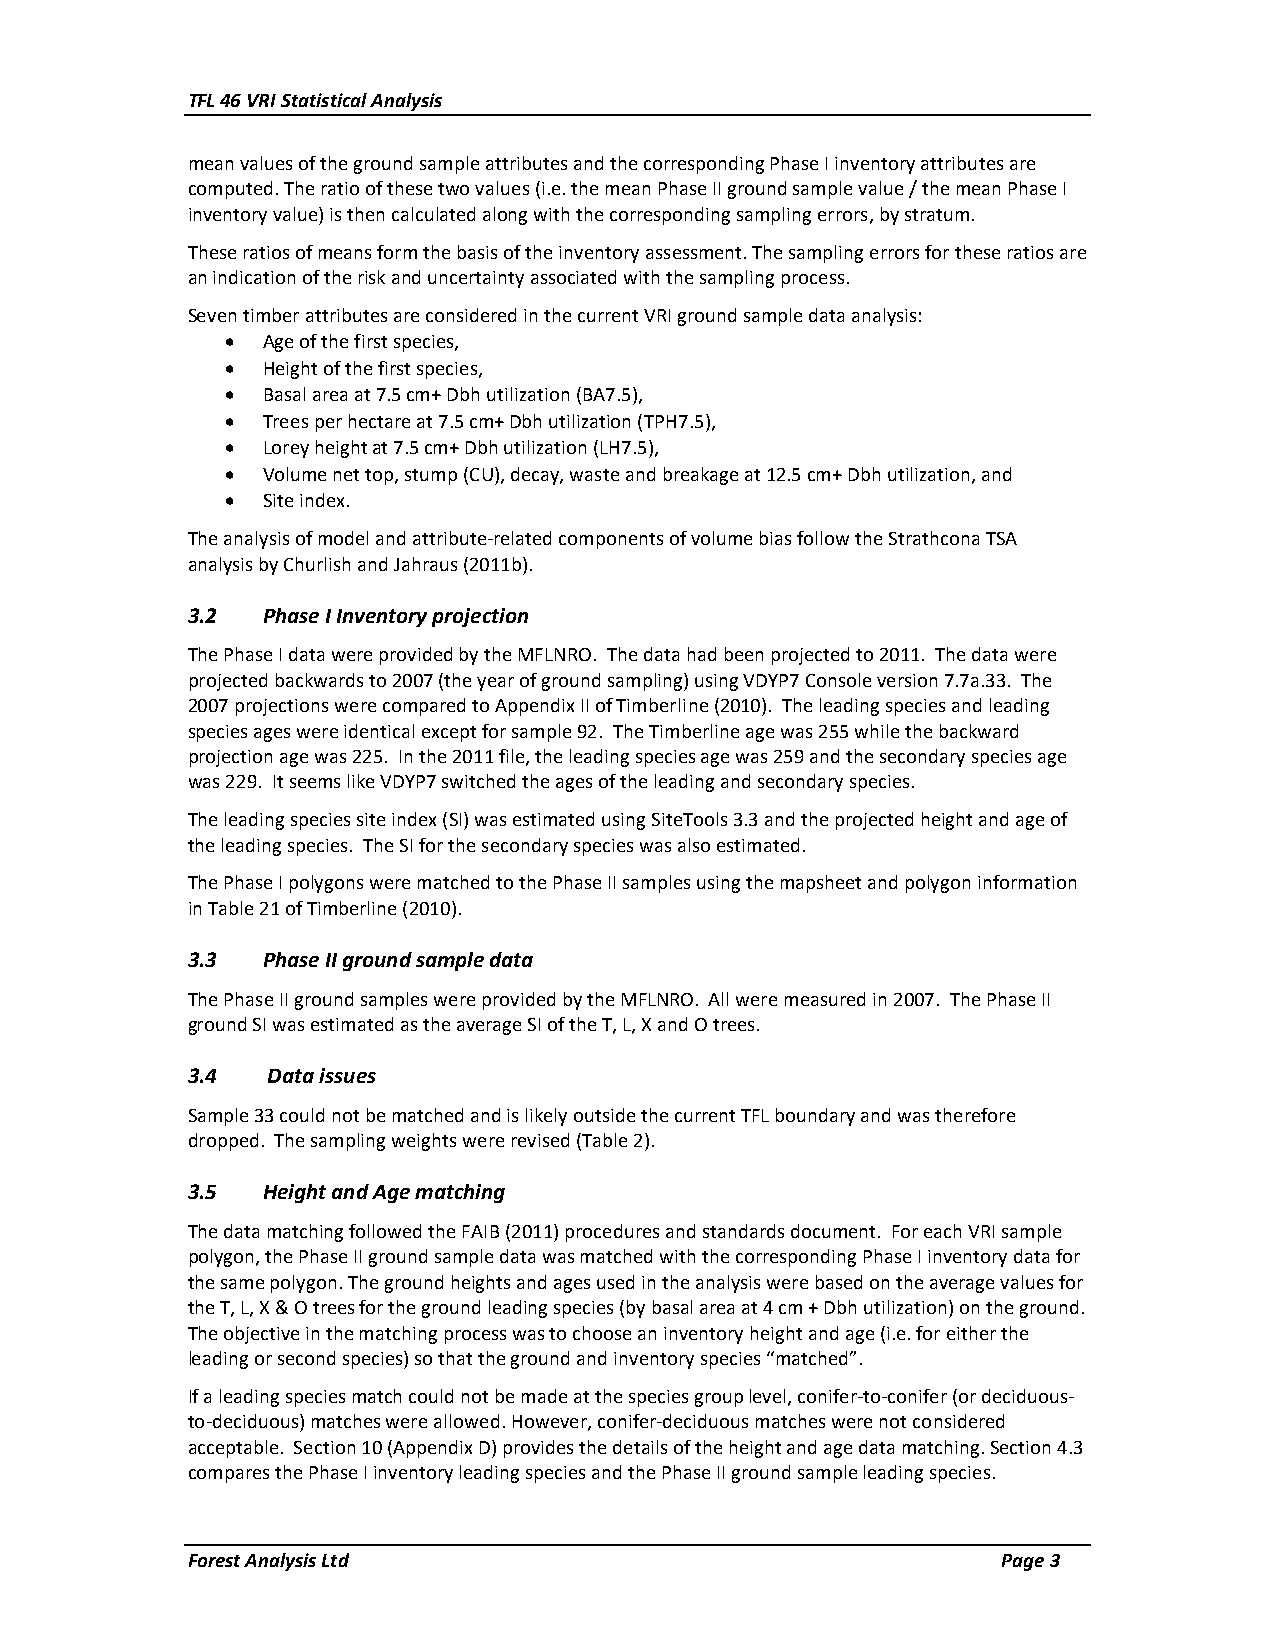
TFL 46 VRI Statistical Analysis
 mean values of the ground sample attributes and the corresponding Phase I inventory attributes are
 computed. The ratio of these two values (i.e. the mean Phase II ground sample value / the mean Phase I
 inventory value) is then calculated along with the corresponding sampling errors, by stratum.
 These ratios of means form the basis of the inventory assessment. The sampling errors for these ratios are
 an indication of the risk and uncertainty associated with the sampling process.
 Seven timber attributes are considered in the current VRI ground sample data analysis:
  Age of the first species,
  Height of the first species,
  Basal area at 7.5 cm+ Dbh utilization (BA7.5),
  Trees per hectare at 7.5 cm+ Dbh utilization (TPH7.5),
  Lorey height at 7.5 cm+ Dbh utilization (LH7.5),
  Volume net top, stump (CU), decay, waste and breakage at 12.5 cm+ Dbh utilization, and
  Site index.
 The analysis of model and attribute-related components of volume bias follow the Strathcona TSA
 analysis by Churlish and Jahraus (2011b).
 3.2  Phase I Inventory projection
 The Phase I data were provided by the MFLNRO. The data had been projected to 2011. The data were
 projected backwards to 2007 (the year of ground sampling) using VDYP7 Console version 7.7a.33. The
 2007 projections were compared to Appendix II of Timberline (2010). The leading species and leading
 species ages were identical except for sample 92. The Timberline age was 255 while the backward
 projection age was 225. In the 2011 file, the leading species age was 259 and the secondary species age
 was 229. It seems like VDYP7 switched the ages of the leading and secondary species.
 The leading species site index (SI) was estimated using SiteTools 3.3 and the projected height and age of
 the leading species. The SI for the secondary species was also estimated.
 The Phase I polygons were matched to the Phase II samples using the mapsheet and polygon information
 in Table 21 of Timberline (2010).
 3.3  Phase II ground sample data
 The Phase II ground samples were provided by the MFLNRO. All were measured in 2007. The Phase II
 ground SI was estimated as the average SI of the T, L, X and O trees.
 3.4   Data issues
 Sample 33 could not be matched and is likely outside the current TFL boundary and was therefore
 dropped. The sampling weights were revised (Table 2).
 3.5  Height and Age matching
 The data matching followed the FAIB (2011) procedures and standards document. For each VRI sample
 polygon, the Phase II ground sample data was matched with the corresponding Phase I inventory data for
 the same polygon. The ground heights and ages used in the analysis were based on the average values for
 the T, L, X & O trees for the ground leading species (by basal area at 4 cm + Dbh utilization) on the ground.
 The objective in the matching process was to choose an inventory height and age (i.e. for either the
 leading or second species) so that the ground and inventory species “matched”.
 If a leading species match could not be made at the species group level, conifer-to-conifer (or deciduous-
 to-deciduous) matches were allowed. However, conifer-deciduous matches were not considered
 acceptable. Section 10 (Appendix D) provides the details of the height and age data matching. Section 4.3
 compares the Phase I inventory leading species and the Phase II ground sample leading species.
 Forest Analysis Ltd                                   Page 3